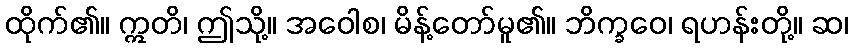
ထိုက်၏။ ဣတိ၊ ဤသို့။ အဝေါစ၊ မိန့်တော်မူ၏။ ဘိက္ခဝေ၊ ရဟန်းတို့။ ဆ၊